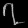
Digit: ၇